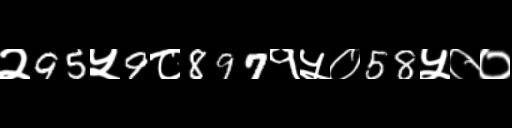
Text: २95५9८897१५०58५००